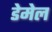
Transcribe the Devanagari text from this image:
डेमेल